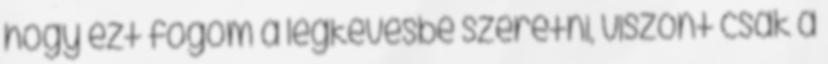
hogy ezt fogom a legkevésbé szeretni, viszont csak a